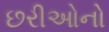
છરીઓનો